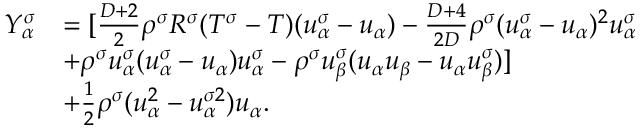
\begin{array} { r } { \begin{array} { r l } { Y _ { \alpha } ^ { \sigma } } & { = [ \frac { D + 2 } { 2 } \rho ^ { \sigma } R ^ { \sigma } ( T ^ { \sigma } - T ) ( u _ { \alpha } ^ { \sigma } - u _ { \alpha } ) - \frac { D + 4 } { 2 D } \rho ^ { \sigma } ( u _ { \alpha } ^ { \sigma } - u _ { \alpha } ) ^ { 2 } u _ { \alpha } ^ { \sigma } } \\ & { + \rho ^ { \sigma } u _ { \alpha } ^ { \sigma } ( u _ { \alpha } ^ { \sigma } - u _ { \alpha } ) u _ { \alpha } ^ { \sigma } - \rho ^ { \sigma } u _ { \beta } ^ { \sigma } ( u _ { \alpha } u _ { \beta } - u _ { \alpha } u _ { \beta } ^ { \sigma } ) ] } \\ & { + \frac { 1 } { 2 } \rho ^ { \sigma } ( u _ { \alpha } ^ { 2 } - u _ { \alpha } ^ { \sigma 2 } ) u _ { \alpha } . } \end{array} } \end{array}